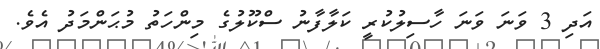
އަދި 3 ވަނަ ވަނަ ހާސިލުކުރީ ކަލާފާނު ސްކޫލުގެ މިންހަތު މުޙަންމަދު އެވެ.